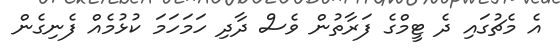
އެ މެޗުގައި ދެ ޓީމްގެ ފަރާތުން ވެސް ދާދި ހަމަހަމަ ކުޅުމެއް ފެނިގެން